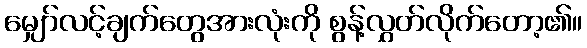
မျှော်လင့်ချက်တွေအားလုံးကို စွန့်လွှတ်လိုက်တော့၏။